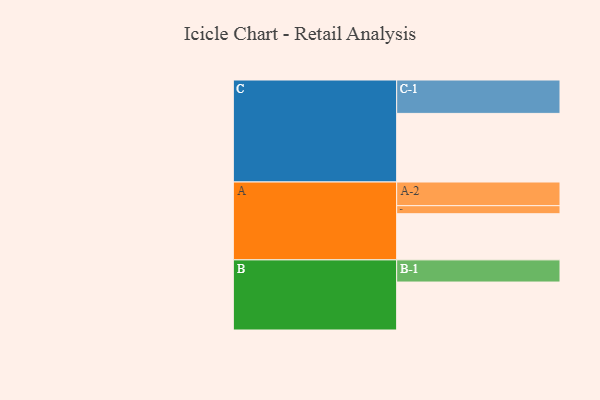
{"axis": {"x": "Segment", "y": "Value"}, "legend": ["", "A", "B", "C"], "data": [{"x": "A", "y": 304, "type": ""}, {"x": "B", "y": 316, "type": ""}, {"x": "C", "y": 452, "type": ""}, {"x": "A-1", "y": 53, "type": "A"}, {"x": "A-2", "y": 156, "type": "A"}, {"x": "B-1", "y": 146, "type": "B"}, {"x": "C-1", "y": 220, "type": "C"}]}